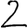
Digit: 2